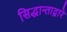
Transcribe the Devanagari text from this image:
सिद्धान्ताद्वारे